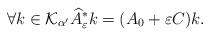
LaTeX: \begin{align*} \forall k \in \mathcal{K}_{\alpha'} \widehat{A}_\varepsilon^* k= (A_0 + \varepsilon C) k.\end{align*}